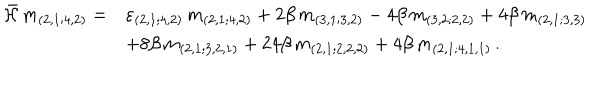
\begin{array} { r l } { { \bar { \cal { H } } \, m _ { ( 2 , 1 ; 4 , 2 ) } = } } & { { \varepsilon _ { ( 2 , 1 ; 4 , 2 ) } \, m _ { ( 2 , 1 ; 4 , 2 ) } + 2 \beta \, m _ { ( 3 , 1 ; 3 , 2 ) } - 4 \beta \, m _ { ( 3 , 2 ; 2 , 2 ) } + 4 \beta \, m _ { ( 2 , 1 ; 3 , 3 ) } } } \\ { { } } & { { + 8 \beta \, m _ { ( 2 , 1 ; 3 , 2 , 1 ) } + 2 4 \beta \, m _ { ( 2 , 1 ; 2 , 2 , 2 ) } + 4 \beta \, m _ { ( 2 , 1 ; 4 , 1 , 1 ) } \, . } } \\ \end{array}